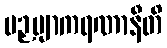
ပဉှဗျာကရဏာနီတိ